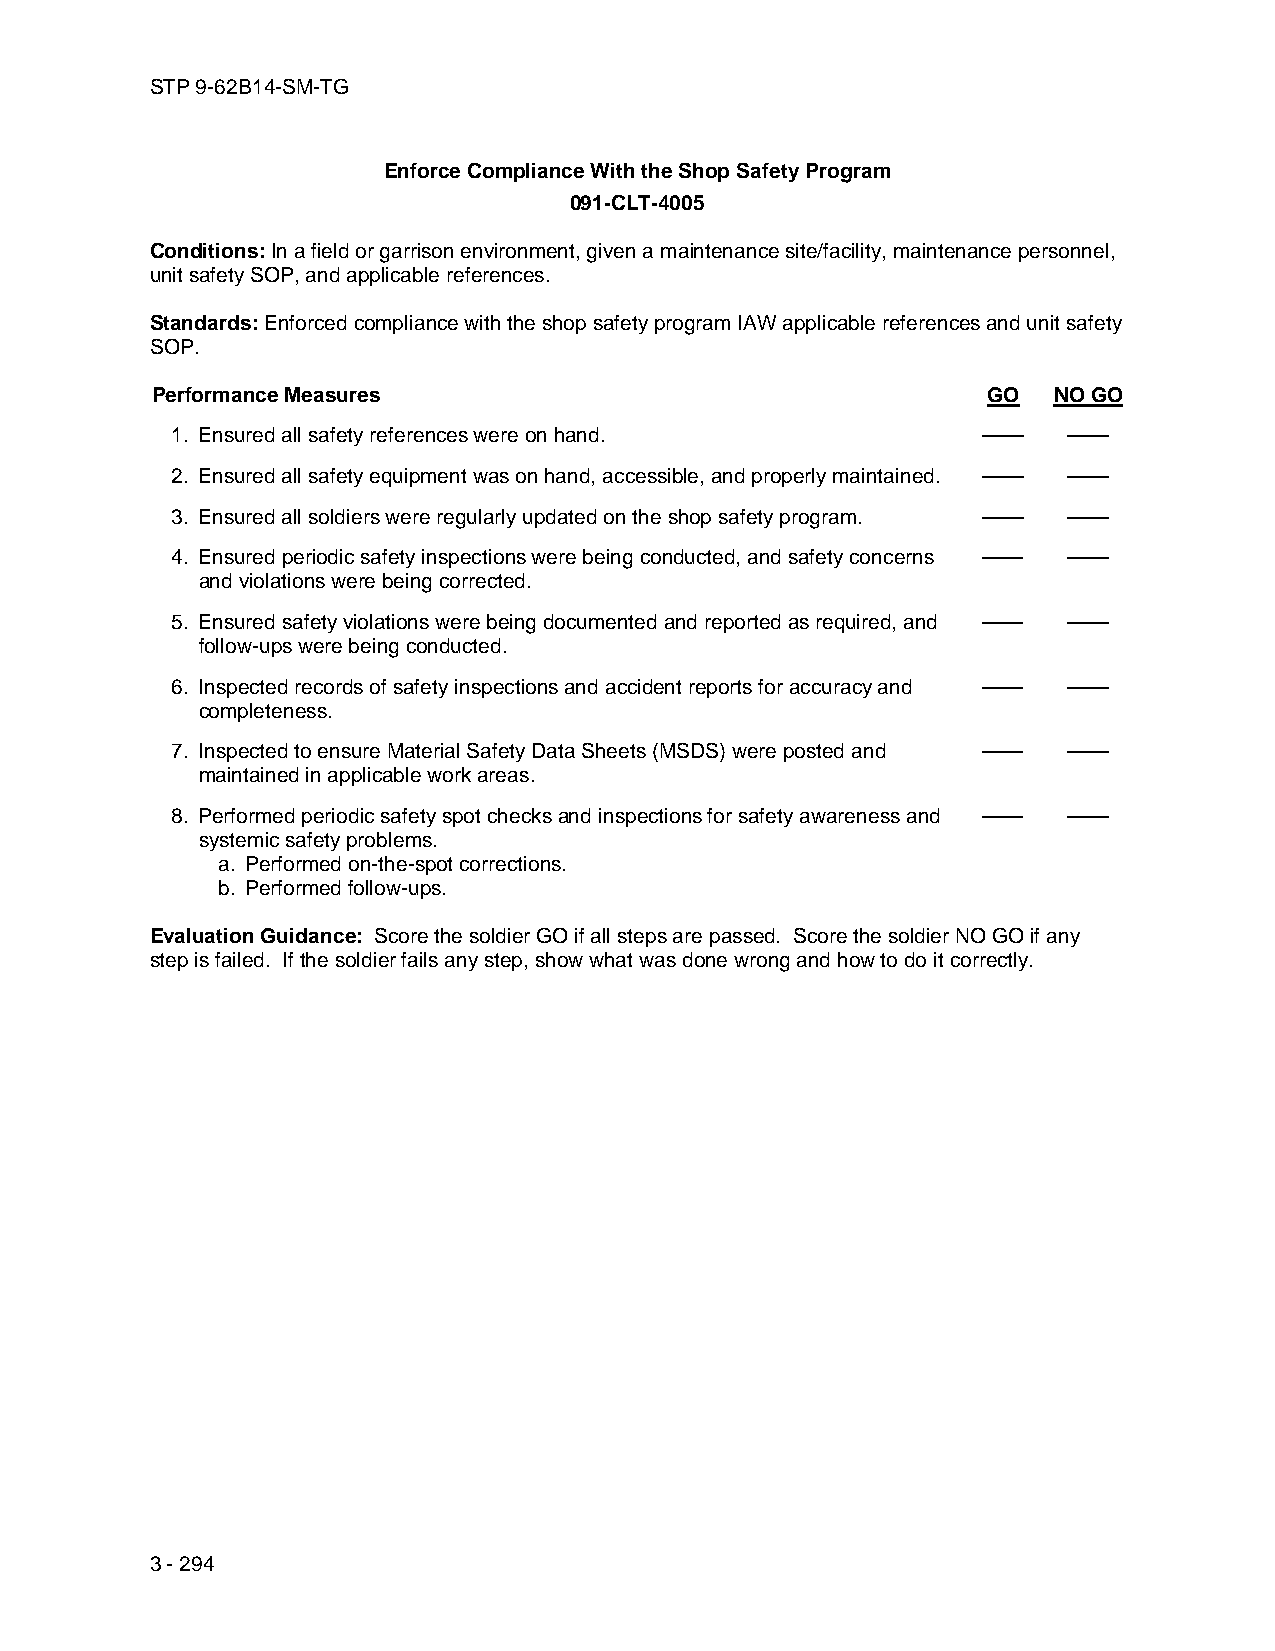
STP 9-62B14-SM-TG
 Enforce Compliance With the Shop Safety Program
 091-CLT-4005
 Conditions: In a field or garrison environment, given a maintenance site/facility, maintenance personnel,
 unit safety SOP, and applicable references.
 Standards: Enforced compliance with the shop safety program IAW applicable references and unit safety
 SOP.
 Performance Measures                                   GO   NO GO
 1. Ensured all safety references were on hand.        ——    ——
 2. Ensured all safety equipment was on hand, accessible, and properly maintained. —— ——
 3. Ensured all soldiers were regularly updated on the shop safety program. —— ——
 4. Ensured periodic safety inspections were being conducted, and safety concerns —— ——
 and violations were being corrected.
 5. Ensured safety violations were being documented and reported as required, and —— ——
 follow-ups were being conducted.
 6. Inspected records of safety inspections and accident reports for accuracy and —— ——
 completeness.
 7. Inspected to ensure Material Safety Data Sheets (MSDS) were posted and —— ——
 maintained in applicable work areas.
 8. Performed periodic safety spot checks and inspections for safety awareness and —— ——
 systemic safety problems.
 a. Performed on-the-spot corrections.
 b. Performed follow-ups.
 Evaluation Guidance: Score the soldier GO if all steps are passed. Score the soldier NO GO if any
 step is failed. If the soldier fails any step, show what was done wrong and how to do it correctly.
 3 - 294